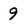
Character: 9